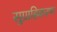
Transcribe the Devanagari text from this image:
सुग्राहिकरण